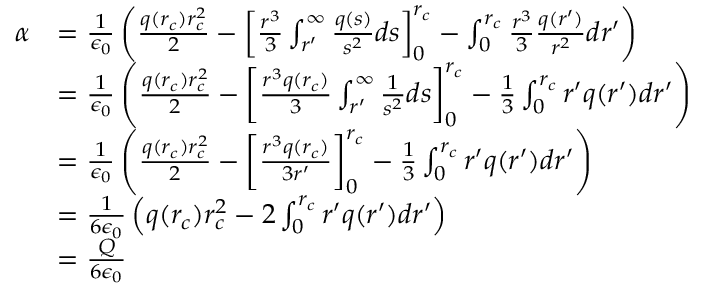
\begin{array} { r l } { \alpha } & { = \frac { 1 } { \epsilon _ { 0 } } \left( \frac { q ( r _ { c } ) r _ { c } ^ { 2 } } { 2 } - \left[ \frac { r ^ { 3 } } { 3 } \int _ { r ^ { \prime } } ^ { \infty } \frac { q ( s ) } { s ^ { 2 } } d s \right] _ { 0 } ^ { r _ { c } } - \int _ { 0 } ^ { r _ { c } } \frac { r ^ { 3 } } { 3 } \frac { q ( r ^ { \prime } ) } { r ^ { 2 } } d r ^ { \prime } \right) } \\ & { = \frac { 1 } { \epsilon _ { 0 } } \left( \frac { q ( r _ { c } ) r _ { c } ^ { 2 } } { 2 } - \left[ \frac { r ^ { 3 } q ( r _ { c } ) } { 3 } \int _ { r ^ { \prime } } ^ { \infty } \frac { 1 } { s ^ { 2 } } d s \right] _ { 0 } ^ { r _ { c } } - \frac { 1 } { 3 } \int _ { 0 } ^ { r _ { c } } r ^ { \prime } q ( r ^ { \prime } ) d r ^ { \prime } \right) } \\ & { = \frac { 1 } { \epsilon _ { 0 } } \left( \frac { q ( r _ { c } ) r _ { c } ^ { 2 } } { 2 } - \left[ \frac { r ^ { 3 } q ( r _ { c } ) } { 3 r ^ { \prime } } \right] _ { 0 } ^ { r _ { c } } - \frac { 1 } { 3 } \int _ { 0 } ^ { r _ { c } } r ^ { \prime } q ( r ^ { \prime } ) d r ^ { \prime } \right) } \\ & { = \frac { 1 } { 6 \epsilon _ { 0 } } \left( q ( r _ { c } ) r _ { c } ^ { 2 } - 2 \int _ { 0 } ^ { r _ { c } } r ^ { \prime } q ( r ^ { \prime } ) d r ^ { \prime } \right) } \\ & { = \frac { Q } { 6 \epsilon _ { 0 } } } \end{array}